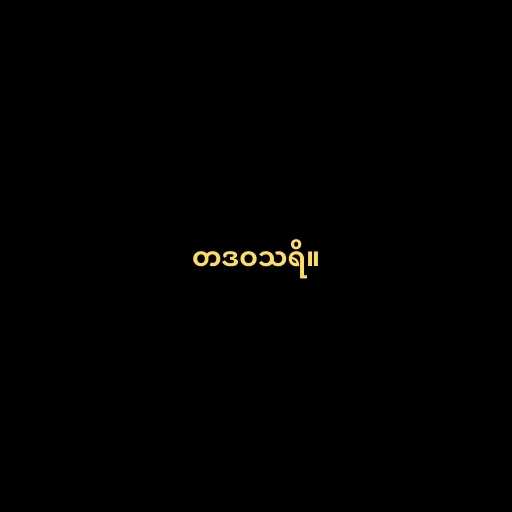
တဒဝသရိ။